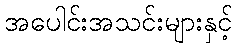
အပေါင်းအသင်းများနှင့်